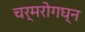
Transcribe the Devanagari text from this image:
चर्मरोगघ्न